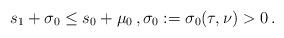
LaTeX: \begin{align*}s_1 + \sigma_0 \leq s_0 + \mu_0 \,, \sigma_0 := \sigma_0(\tau, \nu)> 0\,.\end{align*}